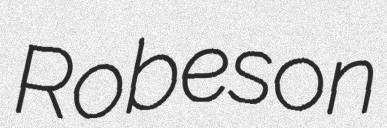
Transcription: Robeson